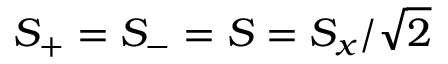
S _ { + } = S _ { - } = S = S _ { x } / \sqrt { 2 }